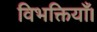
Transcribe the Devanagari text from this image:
विभक्तियाँ।